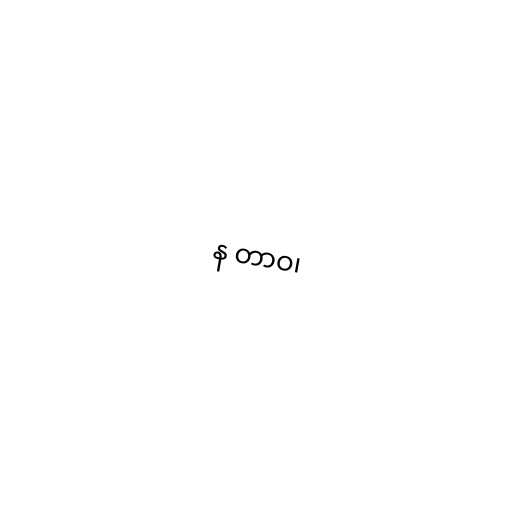
န တာဝ၊